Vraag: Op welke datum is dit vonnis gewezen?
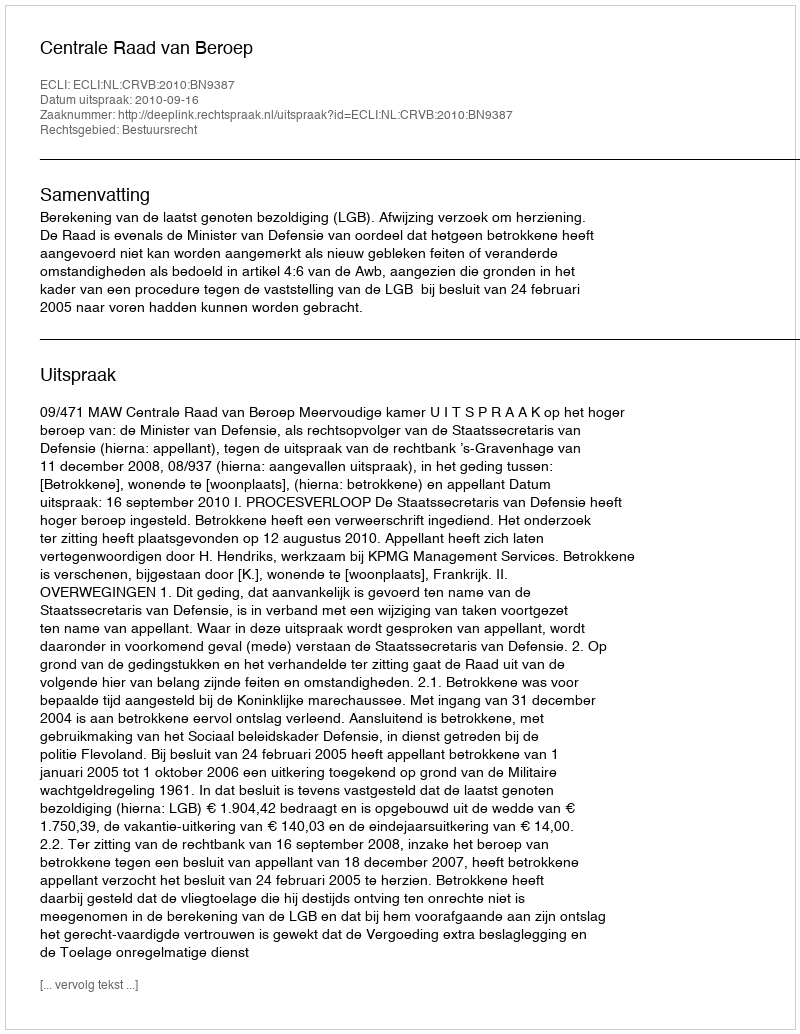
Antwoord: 2010-09-16